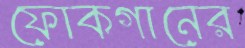
ফোকগানের